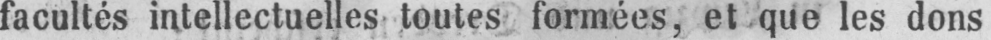
facultés intellectuelles toutes formées, et que les dons